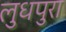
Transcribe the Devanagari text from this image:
लुधपुरा